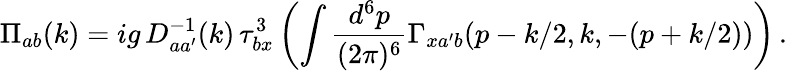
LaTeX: \Pi_{ab}(k)=ig\, D_{aa^{\prime}}^{-1}(k)\, \tau_{bx}^{3}\left(\int\frac{d^{6}p}{(2\pi)^{6}}\Gamma_{xa^{\prime}b}(p-k/2,k,-(p+k/2))\right)\, .